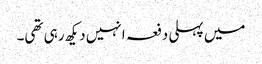
میں پہلی دفعہ انہیں دیکھ رہی تھی۔